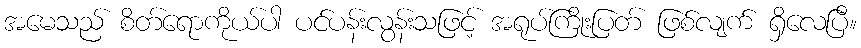
အမေသည် စိတ်ရောကိုယ်ပါ ပင်ပန်းလွန်းသဖြင့် အရုပ်ကြိုးပြတ် ဖြစ်လျက် ရှိလေပြီ။